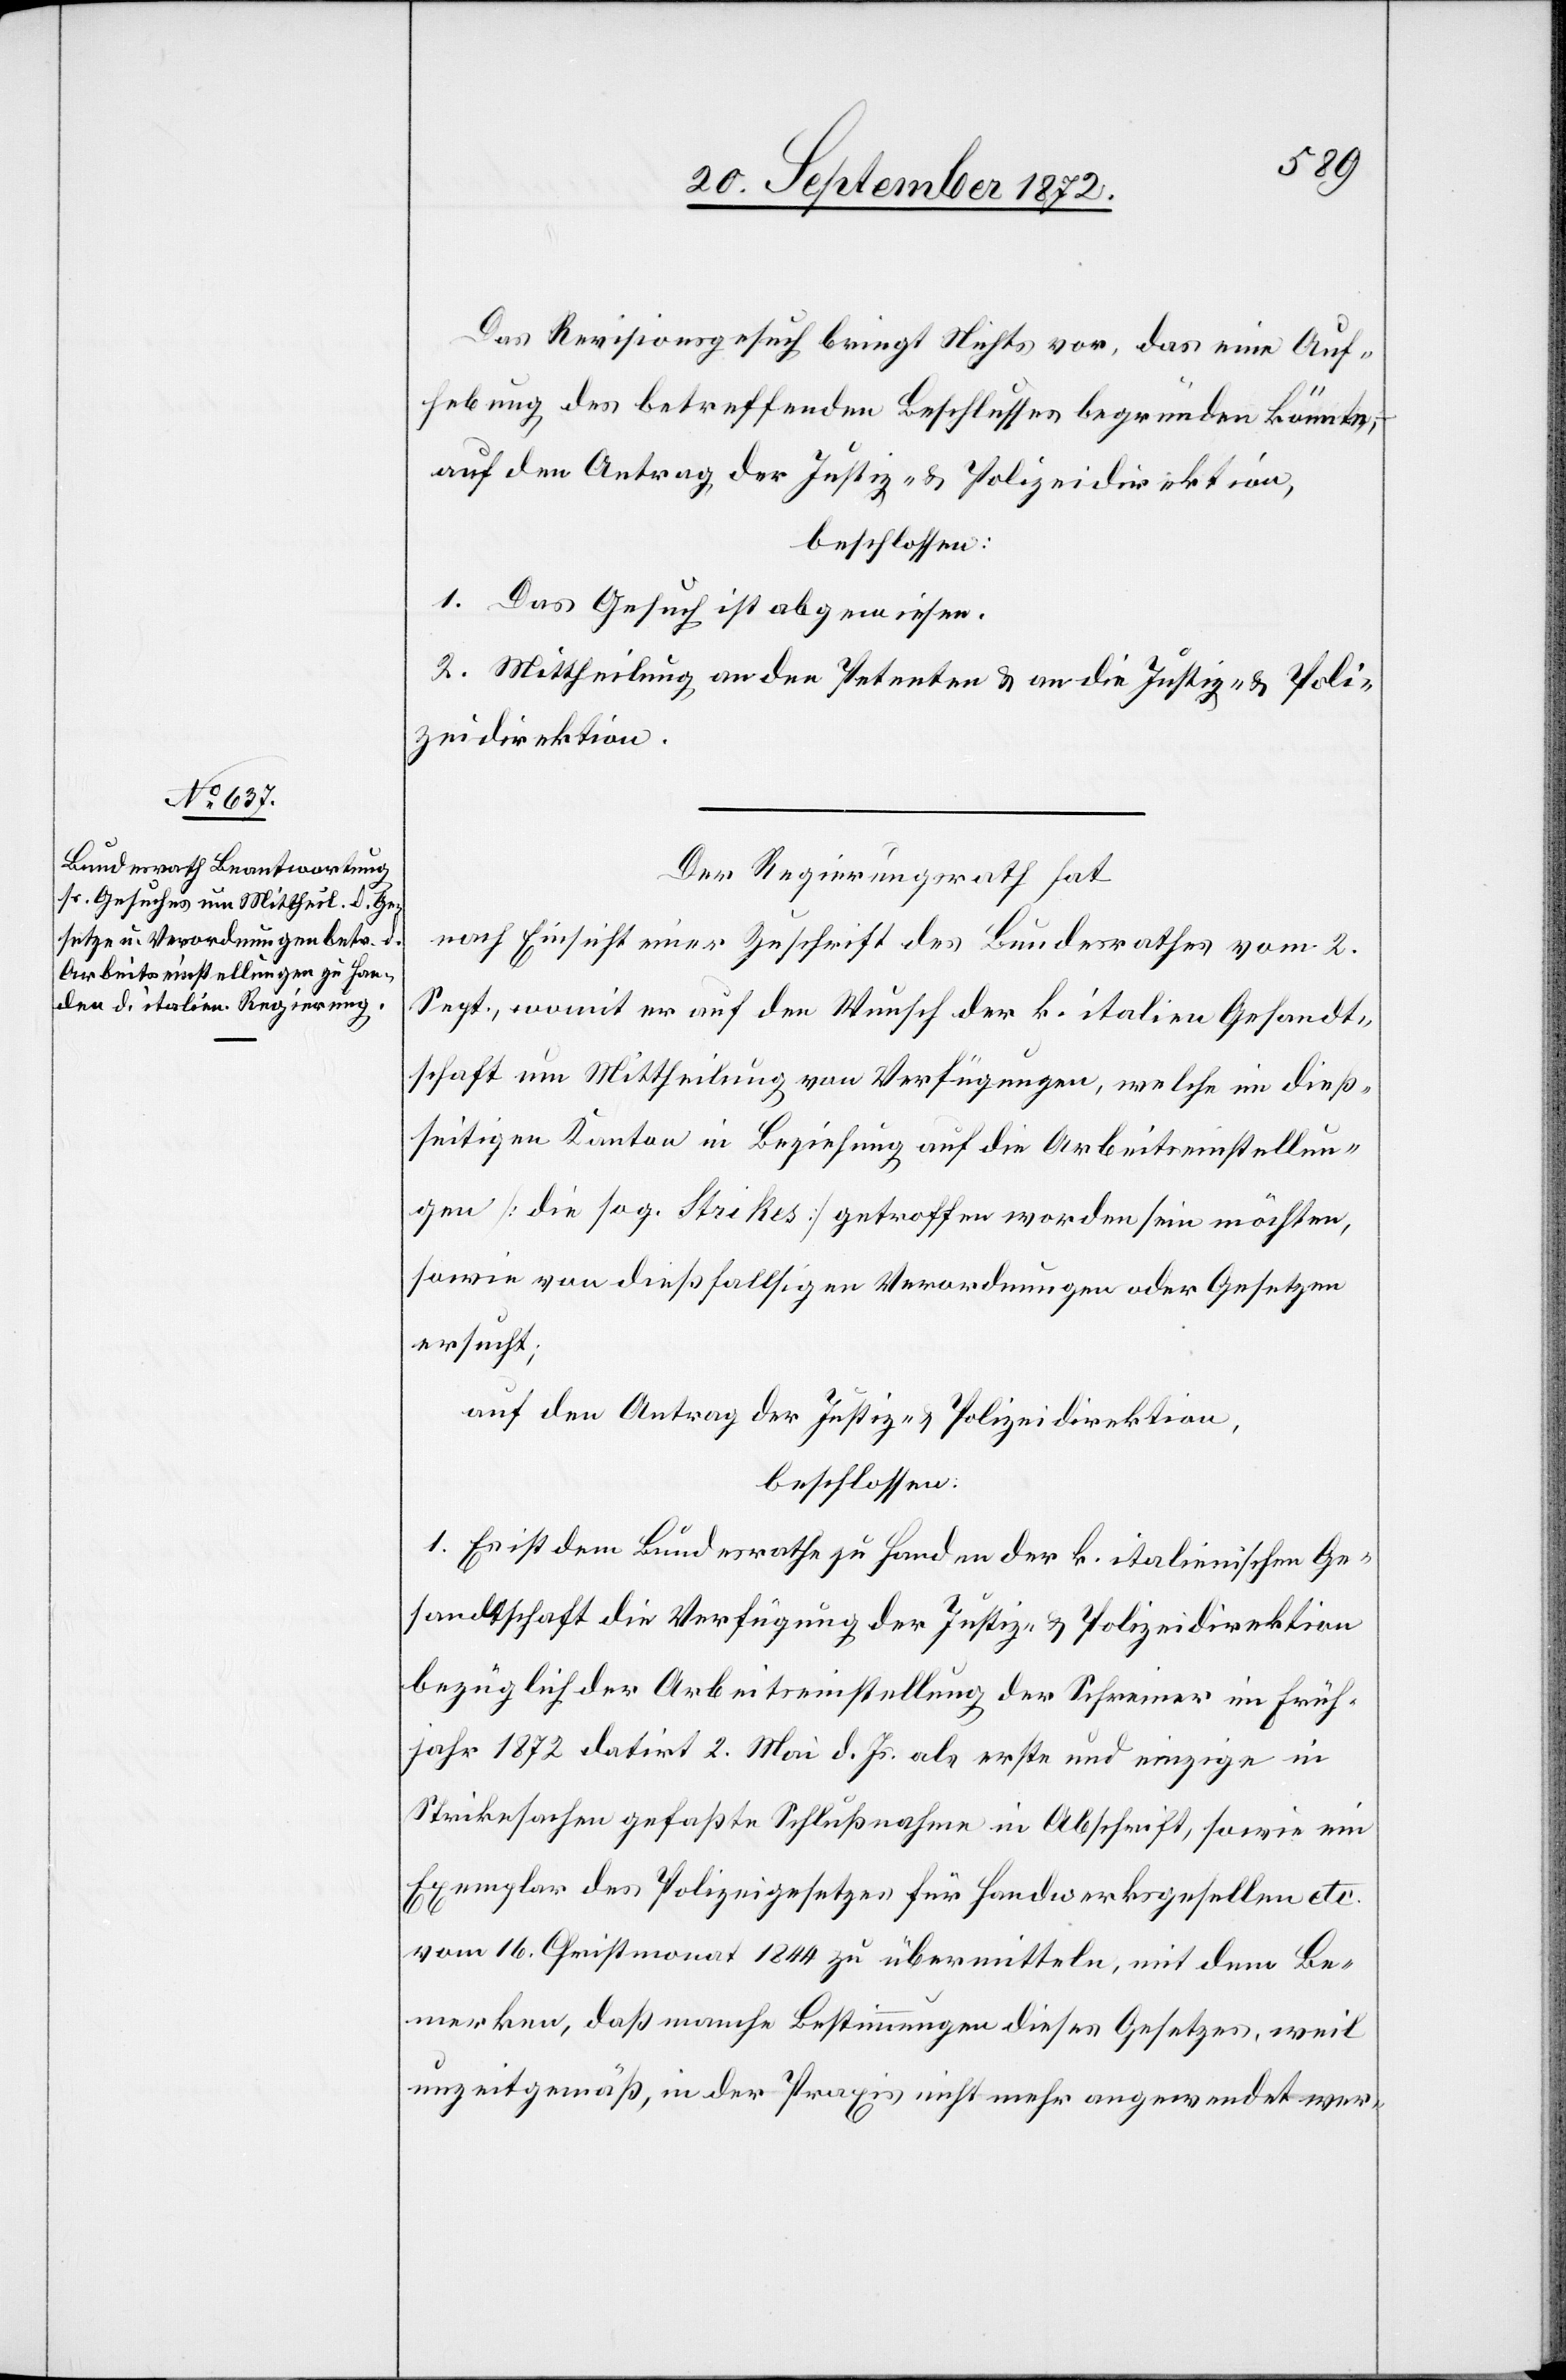
Das Revisionsgesuch bringt Nichts vor, das eine Auf¬
hebung des betreffenden Beschlusses begründen könnte,
auf den Antrag der Justiz- u. Polizeidirektion,
beschlossen:
1. Das Gesuch ist abgewiesen.
2. Mittheilung an den Petenten u. an die Justiz- u. Poli¬
zeidirektion.
Der Regierungsrath hat
nach Einsicht einer Zuschrift des Bundesrathes vom 2.
Sept., womit er auf den Wunsch der k. italien. Gesandt¬
schaft um Mittheilung von Verfügungen, welche im dieß¬
seitigen Kanton in Beziehung auf die Arbeitseinstellun¬
gen [die sog. Strikes] getroffen worden sein möchten,
sowie von dießfallsigen Verordnungen oder Gesetzen
ersucht;
1. Es ist dem Bundesrathe zu Handen der k. italienischen Ge¬
sandtschaft die Verfügung der Justiz- u. Polizeidirektion
bezüglich der Arbeitseinstellung der Schreiner im Früh¬
jahr 1872 datirt 2. Mai d. Js. als erste und einzige in
Strikesachen gefaßte Schlußnahme in Abschrift, sowie ein
Exemplar des Polizeigesetzes für Handwerksgesellen etc.
vom 16. Christmonat 1844 zu übermitteln, mit dem Be¬
merken, daß manche Bestimmungen dieses Gesetzes, weil
unzeitgemäß, in der Praxis nicht mehr angewendet wer-